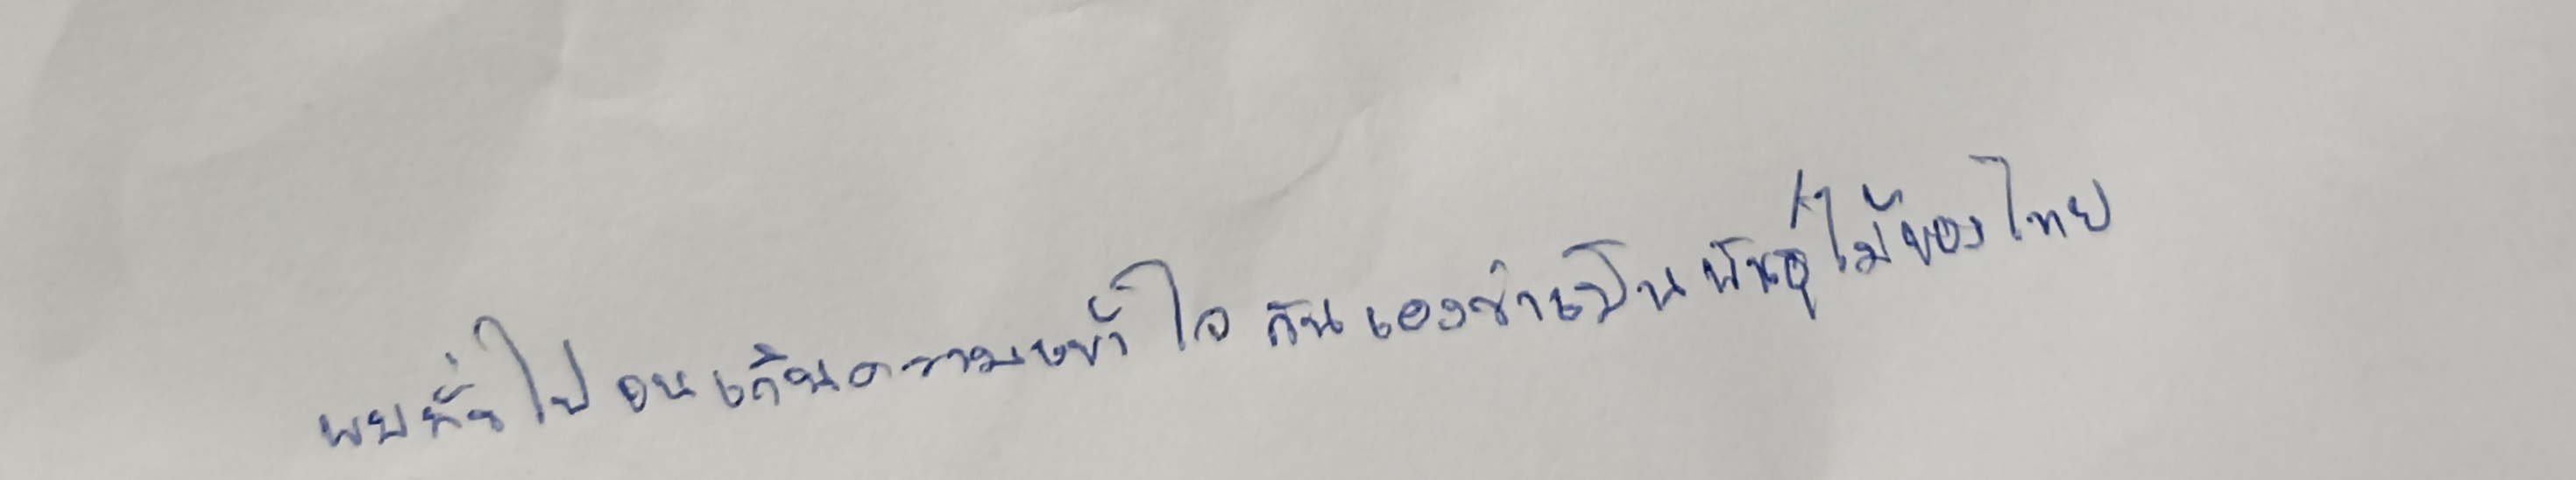
พบทั่วไปจนเกิดความเข้าใจกันเองว่าเป็นพันธุ์ไม้ของไทย